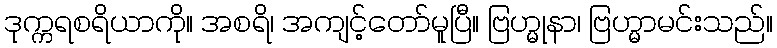
ဒုက္ကရစရိယာကို။ အစရိ၊ အကျင့်တော်မူပြီ။ ဗြဟ္မုနာ၊ ဗြဟ္မာမင်းသည်။